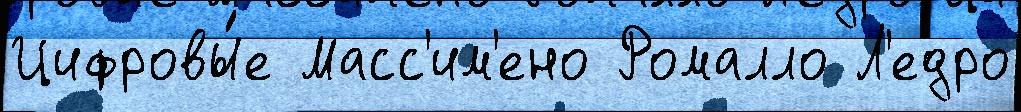
Цифровы́е Масс'им'ено Ромалло Л'едро